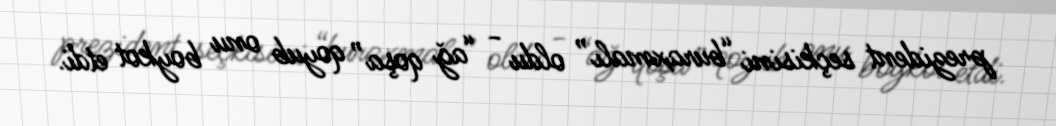
prezident seçkisini “buraxmalı” oldu - “ağ qoşa” qoyub onu boykot etdi.